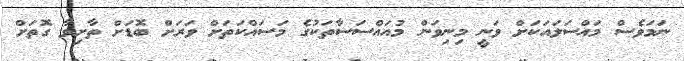
ނަމަވެސް މައްސަލައަކަށް ވަނީ މިނިވަން މުއައްސަސާތަކުގެ މަސައްކަތަށް ވަރަށް ބޮޑަށް ތާށިވާ ގޮތަށް